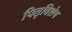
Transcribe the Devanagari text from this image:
पितृविशेष